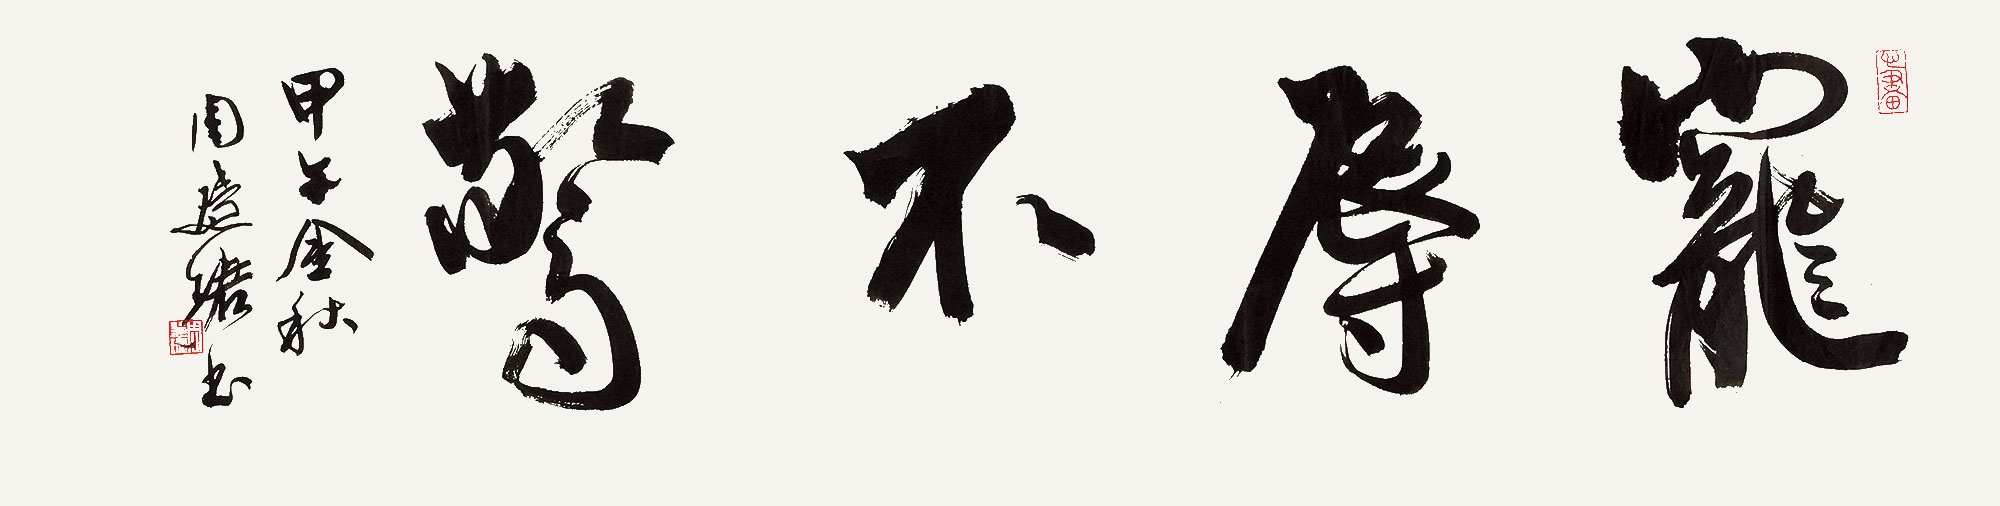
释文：宠辱不惊甲午金秋，周慧珺书。